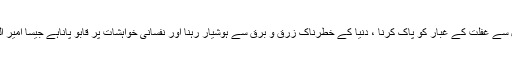
ان خاموش قبروں سے عبرت حاصل کرنا جو اپنی بے زبانی سے نصیحت کرتی ہیں ، دل سے غفلت کے غبار کو پاک کرنا ، دنیا کے خطرناک زرق و برق سے ہوشیار رہنا اور نفسانی خواہشات پر قابو پاناہے جیسا امیر المومنین علی علیہ السلام فرماتے ہیں : مردے بہترین واعظ اور نصیحت کرنے والے ہیں ‘۔